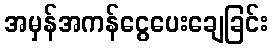
အမှန်အကန်ငွေပေးချေခြင်း